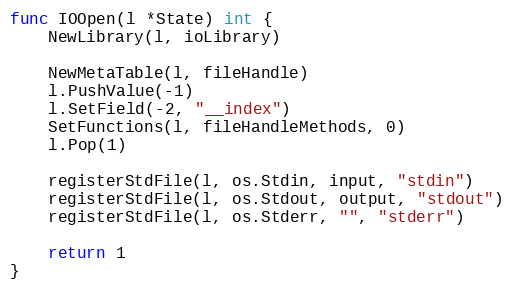
Language: Go
func IOOpen(l *State) int {
	NewLibrary(l, ioLibrary)

	NewMetaTable(l, fileHandle)
	l.PushValue(-1)
	l.SetField(-2, "__index")
	SetFunctions(l, fileHandleMethods, 0)
	l.Pop(1)

	registerStdFile(l, os.Stdin, input, "stdin")
	registerStdFile(l, os.Stdout, output, "stdout")
	registerStdFile(l, os.Stderr, "", "stderr")

	return 1
}